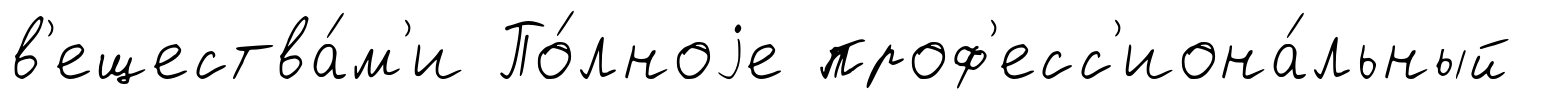
в'ещества́м'и По́лноjе проф'есс'иона́льный